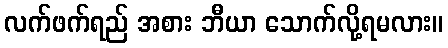
လက်ဖက်ရည် အစား ဘီယာ သောက်လို့ရမလား။